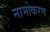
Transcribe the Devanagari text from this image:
नामोकरण